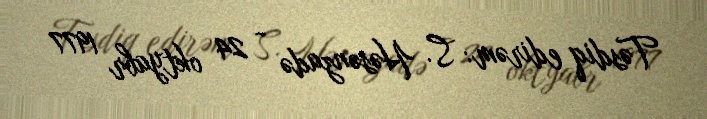
Təsdiq edirəm: S. Həsənzadə - 24 oktyabr 1977